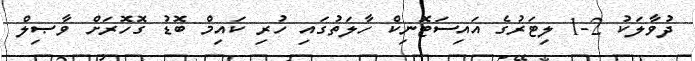
ދުވާލަކު 2-1 ލިޓަރުގެ އައިސަޓޮނިކް ހާލަތުގައި ހުރި ކައިމް ބޮޑު ގޮހޮރަށް ވާޞިލް